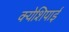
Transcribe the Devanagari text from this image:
क्येशिपाई